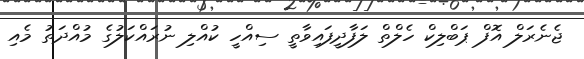
ޖެނެރަލް އޮފް ޕަބްލިކް ހެލްތް ލަފާދީފައިވާތީ ސިއްހީ ކުއްލި ނުރައްކަލުގެ މުއްދަތު މެއި